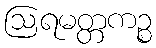
ဩရမတ္တကဉ္စ